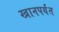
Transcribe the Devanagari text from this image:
खानपर्यंत